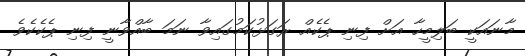
މާނައަކީ ބަލިމީހާ އަށް ފިނި ޕެކެއް ރަގަޅުކަމުގައިވާ ނަމަ ބާއްވާނީ ފިނި ޕެކެކެވެ